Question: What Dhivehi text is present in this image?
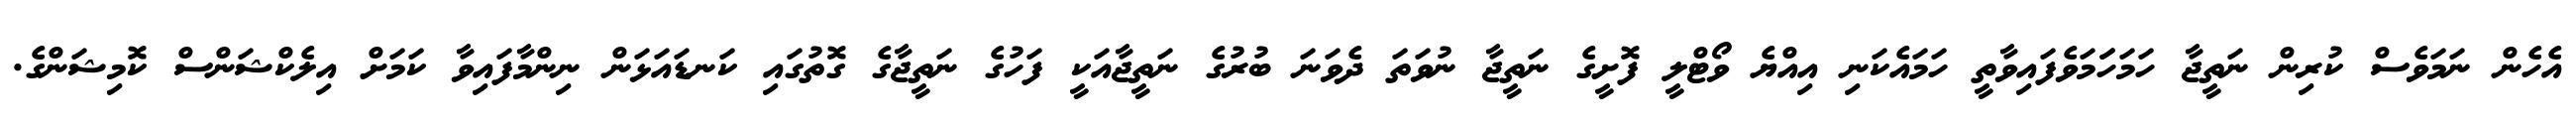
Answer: އެހެން ނަމަވެސް ކުރިން ނަތީޖާ ހަމަހަަމަވެފައިވާތީ ހަމައެކަނި އިއްޔެ ވޯޓްލީ ފޮށީގެ ނަތީޖާ ނުވަތަ ދެވަނަ ބުރުގެ ނަތީޖާއަކީ ފަހުގެ ނަތީޖާގެ ގޮތުގައި ކަނޑައަޅަން ނިންމާފައިވާ ކަމަށް އިލެކްޝަންސް ކޮމިޝަންގެ.